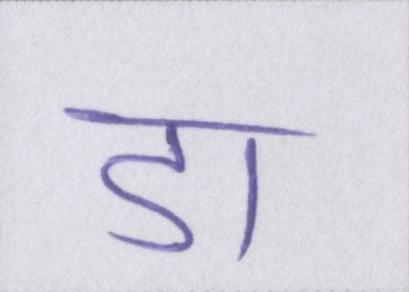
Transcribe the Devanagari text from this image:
डा